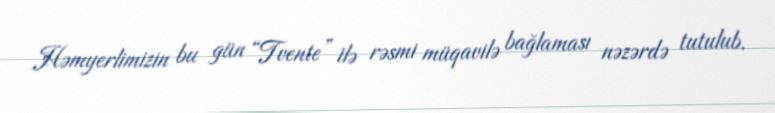
Həmyerlimizin bu gün “Tvente” ilə rəsmi müqavilə bağlaması nəzərdə tutulub.